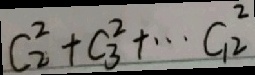
C _ { 2 } ^ { 2 } + C _ { 3 } ^ { 2 } + \cdots C _ { 1 2 } ^ { 2 }